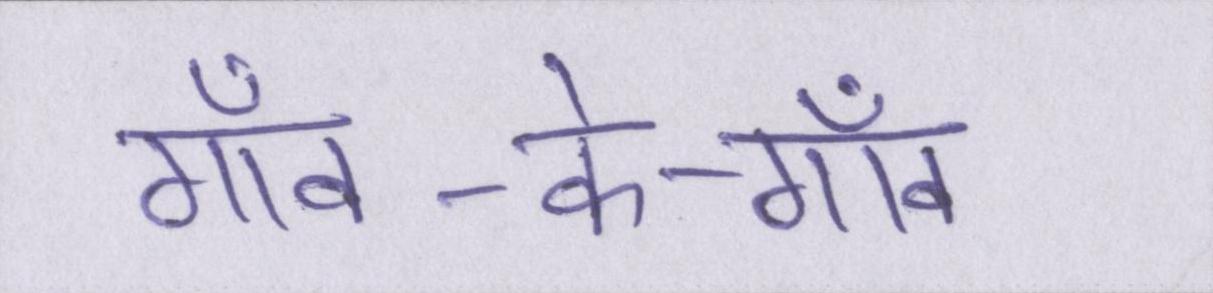
गाँव-के-गाँव